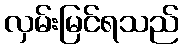
လှမ်းမြင်ရသည်